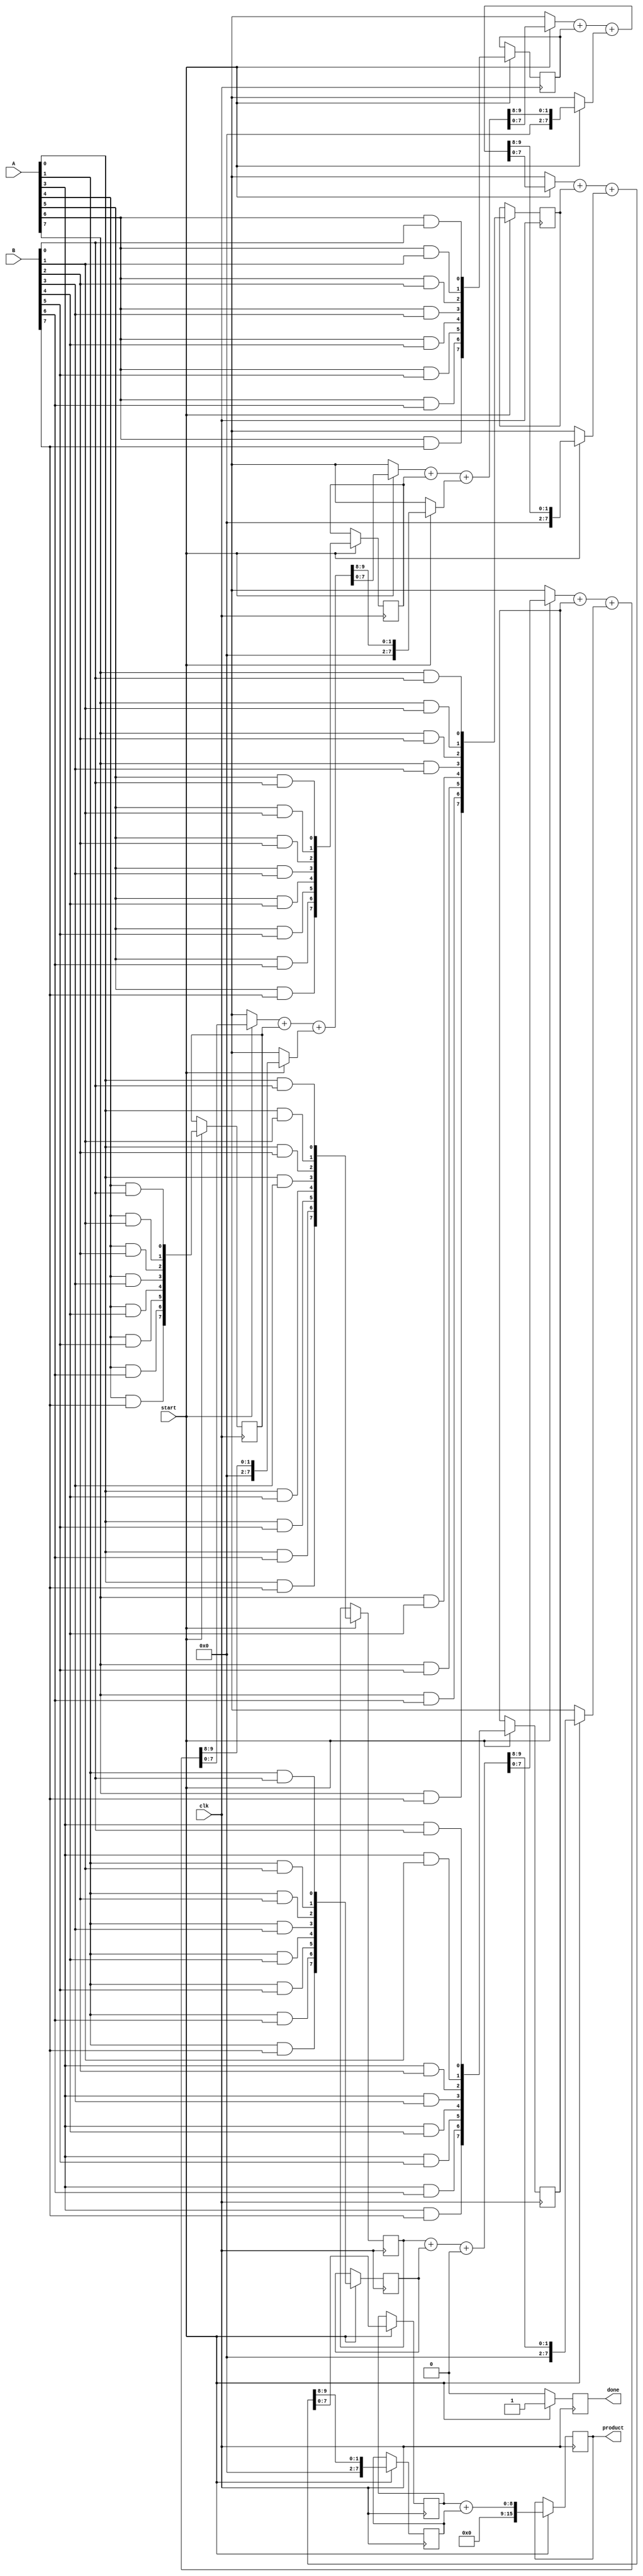
module scalable_wallace_tree_multiplier #(parameter N = 8) (
    input  wire [N-1:0] A,
    input  wire [N-1:0] B,
    input  wire clk,
    input  wire start,
    output reg [2*N-1:0] product,
    output reg done
);

    // Internal signals
    wire [N-1:0] partial_products [0:N-1];
    wire [N-1:0] sum [0:N-1];
    wire [N-1:0] carry [0:N-1];
    reg [N-1:0] pp [0:N-1]; // Partial products storage
    reg [N-1:0] sum_reg, carry_reg;
    reg [N-1:0] final_sum, final_carry;
    reg [2*N-1:0] final_product;

    // Generate partial products
    genvar i, j;
    generate
        for (i = 0; i < N; i = i + 1) begin : pp_gen
            for (j = 0; j < N; j = j + 1) begin : pp_inner
                assign partial_products[i][j] = A[i] & B[j];
            end
        end
    endgenerate

    // Carry-Save Adder (CSA)
    task CSA(input [N-1:0] a, input [N-1:0] b, input [N-1:0] c, output [N-1:0] s, output [N-1:0] co);
        begin
            {co, s} = a + b + c; // Sum and carry
        end
    endtask

    // Wallace Tree Reduction
    integer level;
    always @(posedge clk) begin
        if (start) begin
            // Initialize partial products
            for (level = 0; level < N; level = level + 1) begin
                pp[level] <= partial_products[level];
            end

            // Perform CSA reduction
            for (level = 0; level < N-1; level = level + 1) begin
                if (level == 0) begin
                    CSA(pp[0], pp[1], 0, sum_reg, carry_reg);
                end else if (level < N-2) begin
                    CSA(sum_reg, pp[level + 2], carry_reg, sum_reg, carry_reg);
                end else begin
                    final_sum <= sum_reg;
                    final_carry <= carry_reg;
                end
            end

            // Final addition
            product <= final_sum + final_carry;
            done <= 1;
        end else begin
            done <= 0;
        end
    end

endmodule